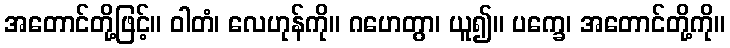
အတောင်တို့ဖြင့်။ ဝါတံ၊ လေဟုန်ကို။ ဂဟေတွာ၊ ယူ၍။ ပက္ခေ၊ အတောင်တို့ကို။